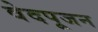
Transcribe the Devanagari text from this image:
वेदपूजन